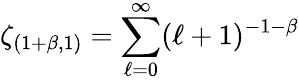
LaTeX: \zeta_{(1+\beta,1)}=\sum_{\ell=0}^{\infty}(\ell+1)^{-1-\beta}